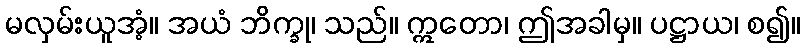
မလှမ်းယူအံ့။ အယံ ဘိက္ခု၊ သည်။ ဣတော၊ ဤအခါမှ။ ပဋ္ဌာယ၊ စ၍။